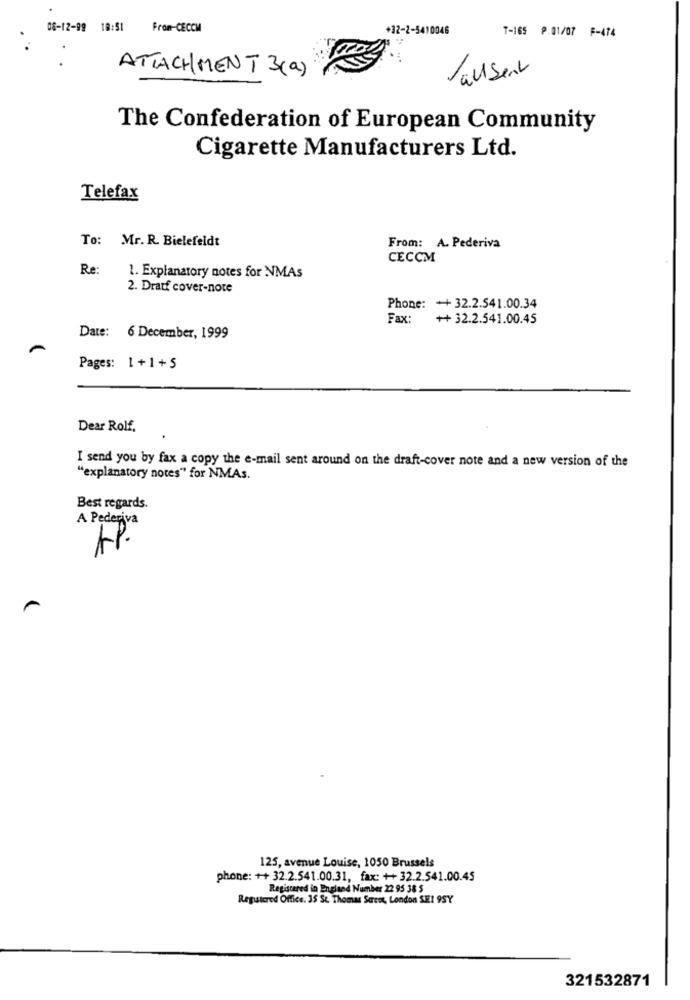
08-12-99 18:51 From-CECCM
+32-2-5410046
T-165 P.01/07 F-474
ATTACHMENT 3 (a)
Jausent
The Confederation of European Community
Cigarette Manufacturers Ltd.
Telefax
To: Mr. R. Bielefeldt
From: A. Pederiva
CECCM
Re:
1. Explanatory notes for NMAs
2. Drauf cover-note
Phone: ++ 32.2.541.00.34
Fax: ++ 32.2.541.00.45
Date: 6 December, 1999
A
Pages: 1+1+5
Dear Rolf,
I send you by fax a copy the e-mail sent around on the draft-cover note and a new version of the
"explanatory notes" for NMAs.
Best regards.
A Pederiva
AP.
125, avenue Louise, 1050 Brussels
phone: ++ 32.2.541.00.31, fax: ++ 32.2.541.00.45
Registered in England Number 22 95 38 5
Registered Office. 35 St Thomas Street, London SE1 9SY
321532871